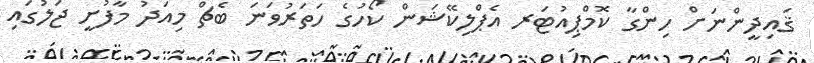
ޤައިދީންނަށް ހިންގާ ކޮމްޕިއުޓަރ އެޕްލިކޭޝަން ކޯހުގެ ހަތަރުވަނަ ބެޗް މިއަދު މާފުށީ ޖަލުގައި